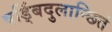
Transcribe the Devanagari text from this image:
षड्बिंदुलान्छितं